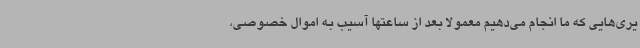
یری‌هایی که ما انجام می‌دهیم معمولا بعد از ساعتها آسیب به اموال خصوصی،